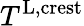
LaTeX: T^{\textnormal{L,crest}}